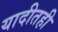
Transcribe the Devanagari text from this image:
यादीतही